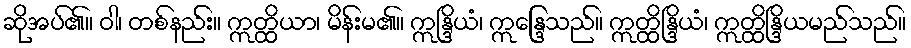
ဆိုအပ်၏။ ဝါ၊ တစ်နည်း။ ဣတ္ထိယာ၊ မိန်းမ၏။ ဣန္ဒြိယံ၊ ဣန္ဒြေသည်။ ဣတ္ထိန္ဒြိယံ၊ ဣတ္ထိန္ဒြိယမည်သည်။